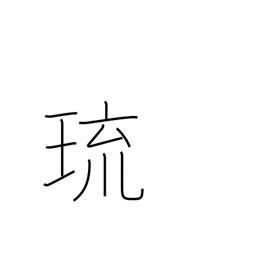
Meaning: gem